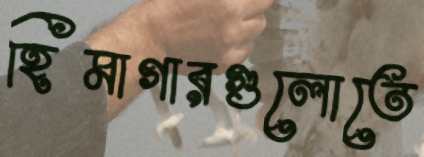
হিমাগারগুলোতে